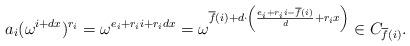
LaTeX: \begin{align*}a_i(\omega^{i+dx})^{r_i}=\omega^{e_i+r_ii+r_idx}=\omega^{\overline{f}(i)+d\cdot\left(\frac{e_i+r_ii-\overline{f}(i)}{d}+r_ix\right)}\in C_{\overline{f}(i)}.\end{align*}